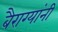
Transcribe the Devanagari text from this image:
बैराग्यांनी